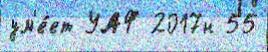
ум'е́ет УАФ 2017н 55